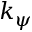
k _ { \psi }